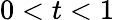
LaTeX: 0<t<1